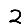
Digit: 2